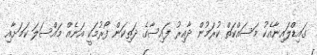
ގައިޑްލައިނާއެކު މަސައްކަތް ކުރަމުން ދާއިރު ފައިސާގެ ދަތިކަން ފޯރުމަކީ އަނެއް މައްސަލަ ކަމަށާއި